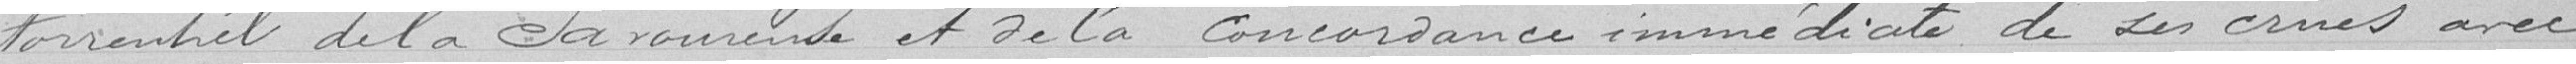
torrentiel de la Savoureuse et de la concordance immédiate de ses crues avec